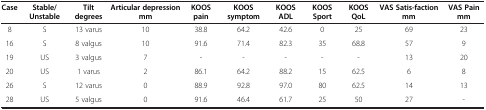
| Case | Stable/Unstable | Tilt degrees | Articular depression mm | KOOS pain | KOOS symptom | KOOS ADL | KOOS Sport | KOOS QoL | VAS Satis-faction mm | VAS Pain mm |
 | --- | --- | --- | --- | --- | --- | --- | --- | --- | --- | --- |
 | 8 | S | 13 varus | 10 | 38.8 | 64.2 | 42.6 | 0 | 25 | 69 | 23 |
 | 16 | S | 8 valgus | 10 | 91.6 | 71.4 | 82.3 | 35 | 68.8 | 57 | 9 |
 | 19 | US | 3 valgus | 7 | - | - | - | - | - | 13 | 20 |
 | 20 | US | 1 varus | 2 | 86.1 | 64.2 | 88.2 | 15 | 62.5 | 6 | 8 |
 | 26 | S | 12 varus | 0 | 88.9 | 92.8 | 97.0 | 80 | 62.5 | 14 | 13 |
 | 28 | US | 5 valgus | 0 | 91.6 | 46.4 | 61.7 | 25 | 50 | 27 | - |